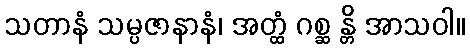
သတာနံ သမ္ပဇာနာနံ၊ အတ္ထံ ဂစ္ဆ န္တိ အာသဝါ။